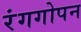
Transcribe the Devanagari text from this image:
रंगगोपन